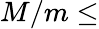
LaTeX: M/m\leq